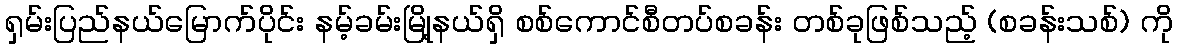
ရှမ်းပြည်နယ်မြောက်ပိုင်း နမ့်ခမ်းမြို့နယ်ရှိ စစ်ကောင်စီတပ်စခန်း တစ်ခုဖြစ်သည့် (စခန်းသစ်) ကို